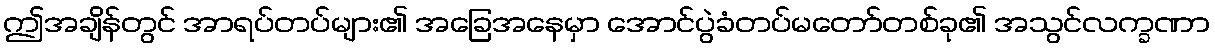
ဤအချိန်တွင် အာရပ်တပ်များ၏ အခြေအနေမှာ အောင်ပွဲခံတပ်မတော်တစ်ခု၏ အသွင်လက္ခဏာ